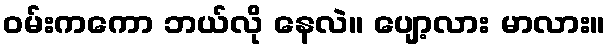
ဝမ်းကကော ဘယ်လို နေလဲ။ ပျော့လား မာလား။